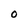
Character: O